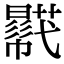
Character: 𧂓